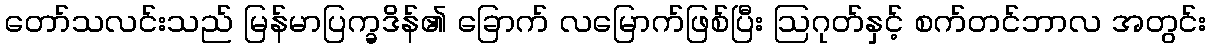
တော်သလင်းသည် မြန်မာပြက္ခဒိန်၏ ခြောက် လမြောက်ဖြစ်ပြီး ဩဂုတ်နှင့် စက်တင်ဘာလ အတွင်း